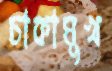
চাকামুখ